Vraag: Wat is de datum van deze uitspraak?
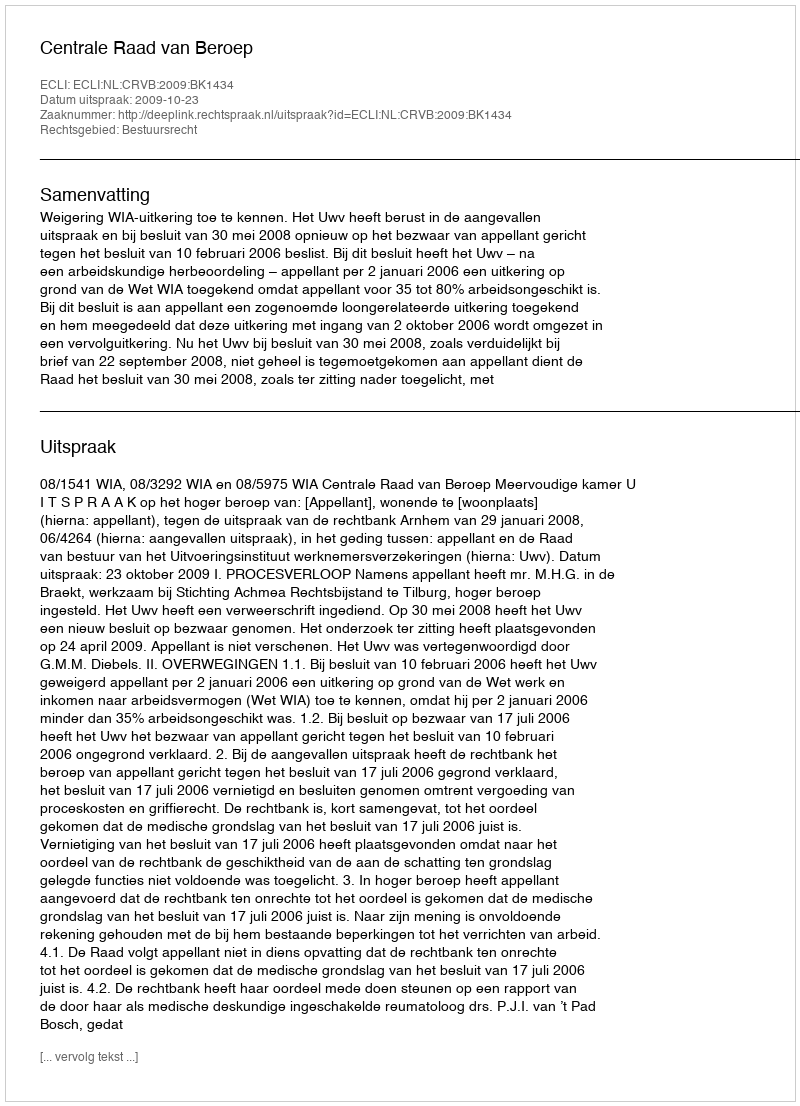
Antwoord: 2009-10-23